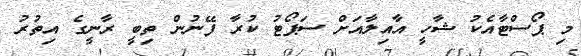
މި ޕޯސްޓާއެކު ޝާހީ އާއިލާއަށް ސަޕޯޓު ކުރާ ފޭނުން ތިބީ ރާނީގެ އިތުރު